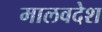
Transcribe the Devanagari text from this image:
मालवदेश